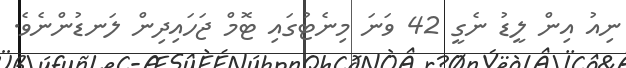
ނިއު އިން ލީޑު ނެގީ 42 ވަނަ މިނެޓުގައި ޓޮމް ޖަހައިދިން ލަނޑުންނެވެ.